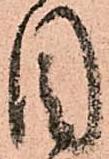
目